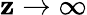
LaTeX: \mathbf{z}\to\infty